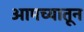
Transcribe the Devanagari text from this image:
आमच्यातून